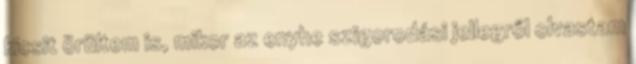
kicsit örültem is, mikor az enyhe szigorodási jellegről olvastam